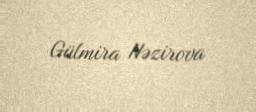
Gülmira Nəzirova